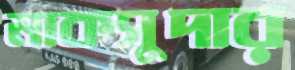
মাকসুদার